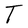
Character: T